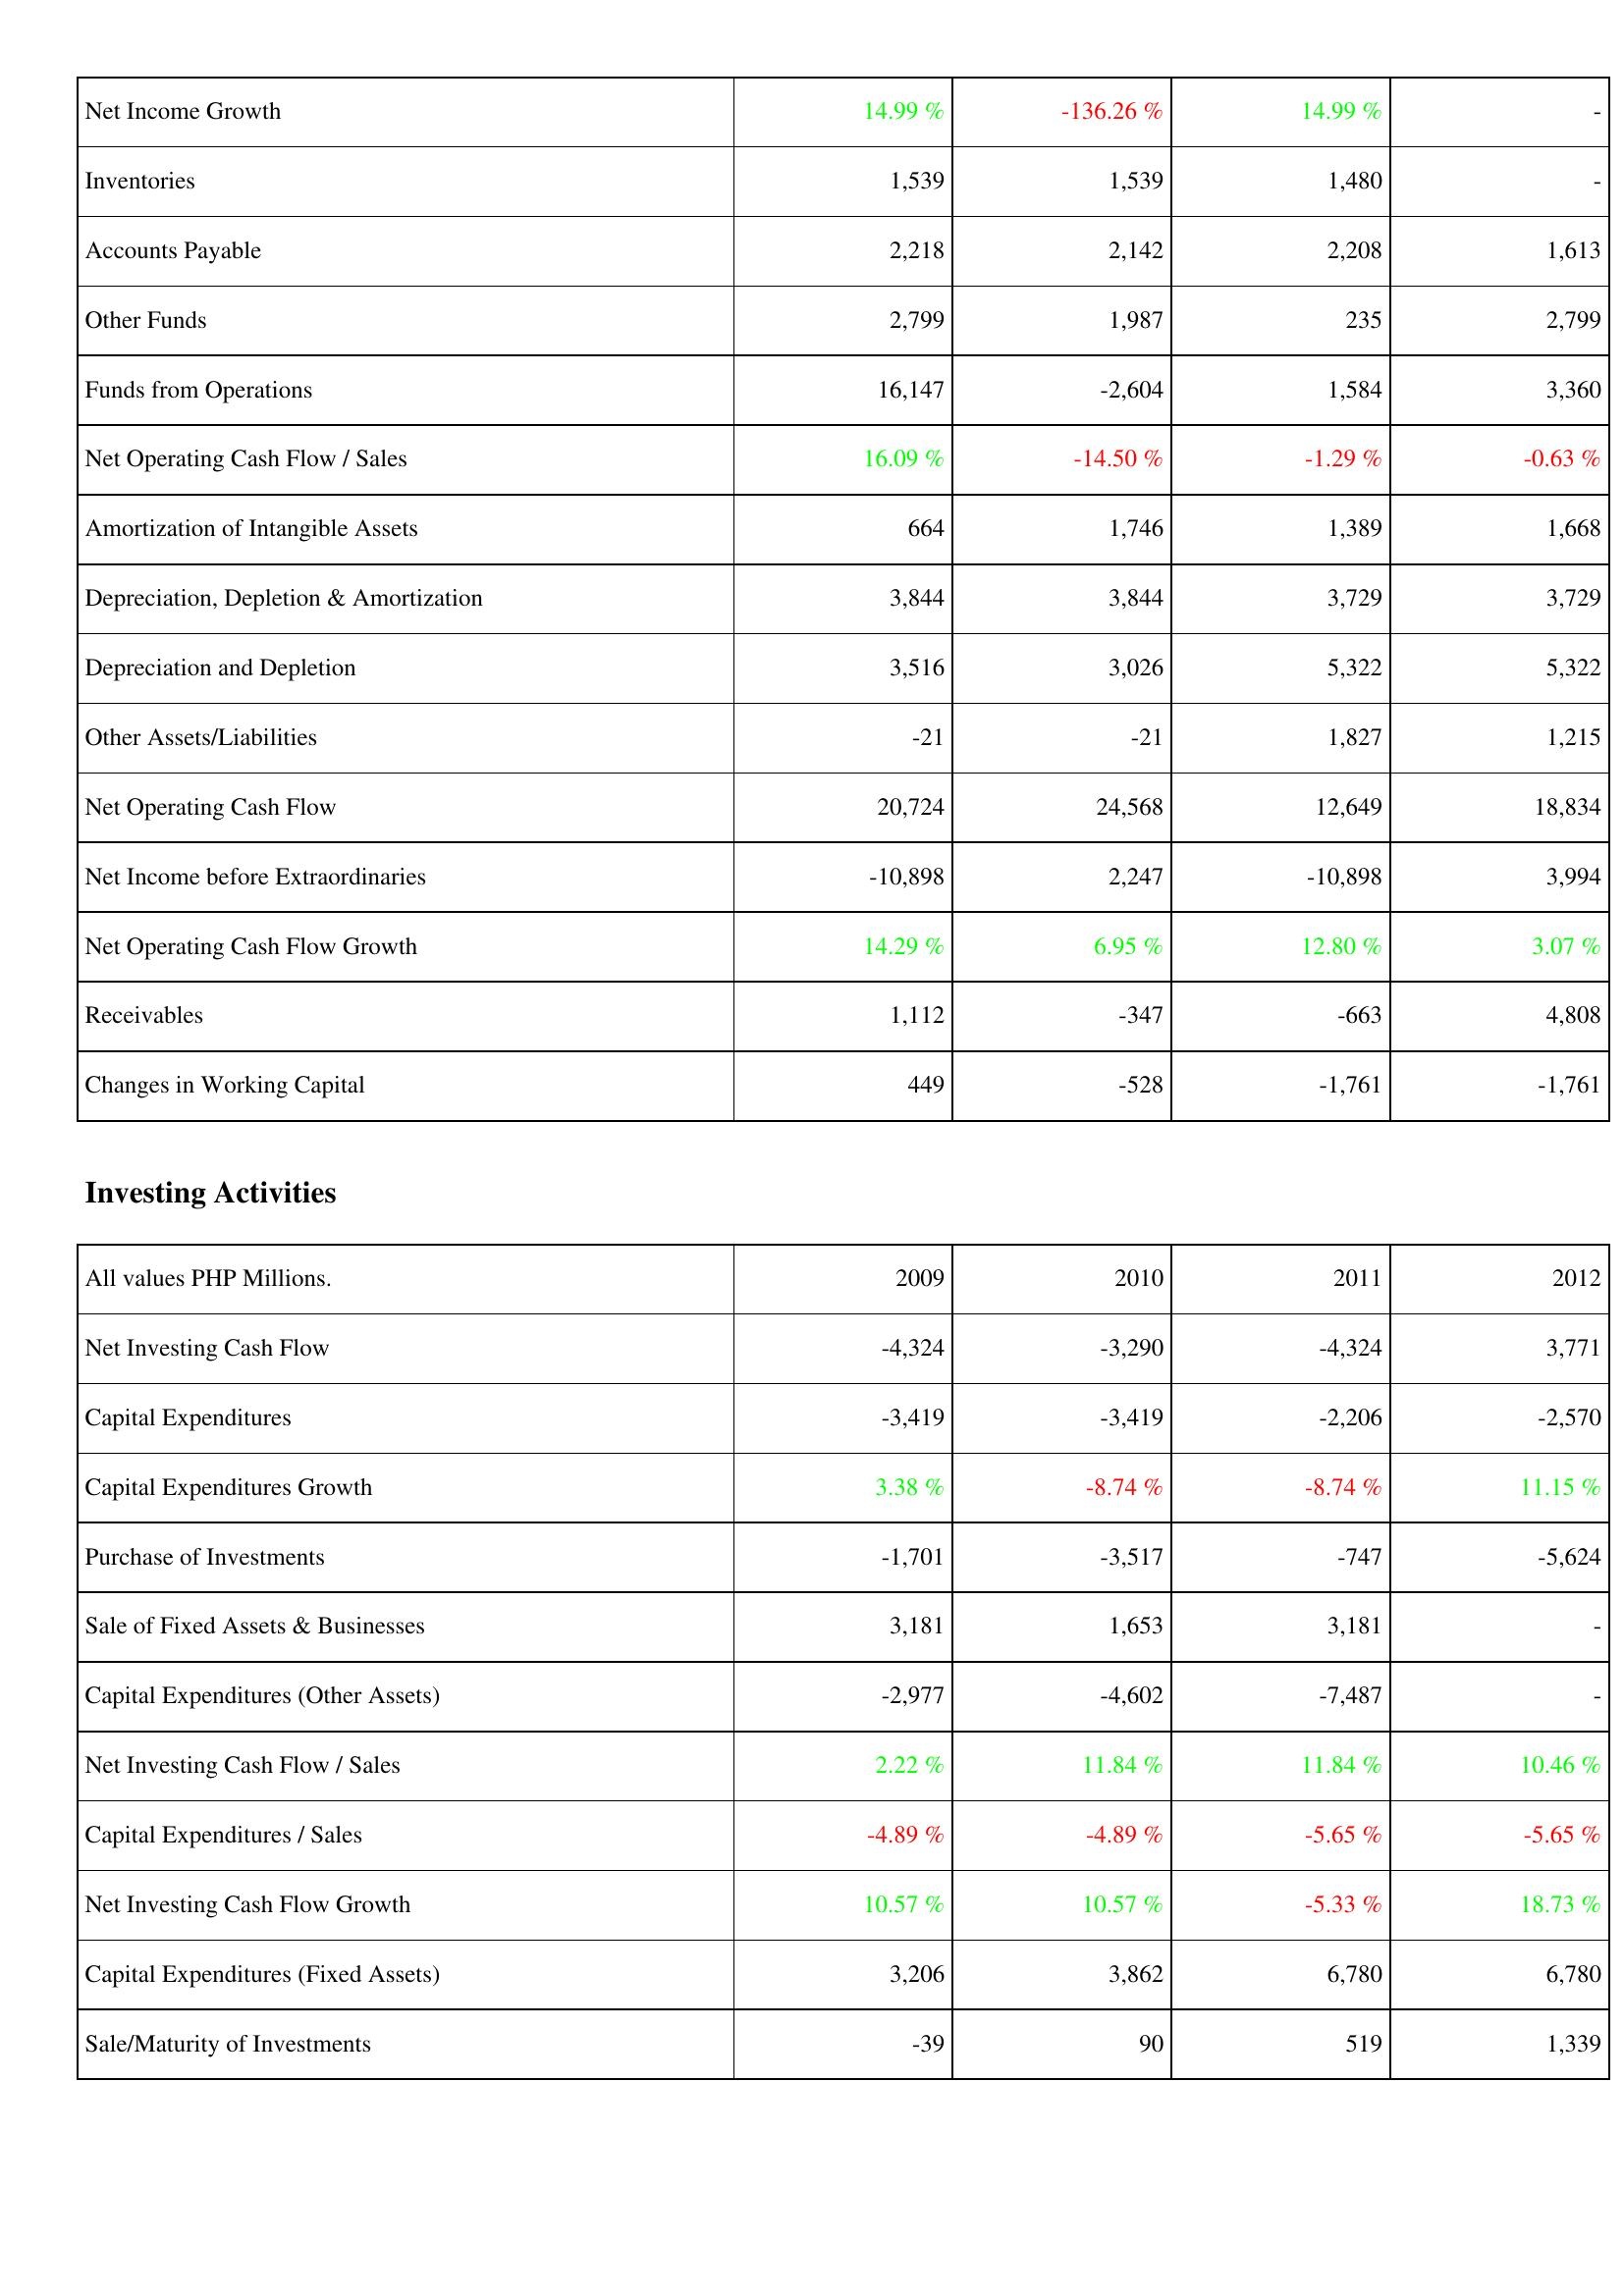
2009: Operating Activities: Net Income Growth: 14.99 %
Inventories: 1,539
Accounts Payable: 2,218
Other Funds: 2,799
Funds from Operations: 16,147
Net Operating Cash Flow / Sales: 16.09 %
Amortization of Intangible Assets: 664
Depreciation, Depletion & Amortization: 3,844
Depreciation and Depletion: 3,516
Other Assets/Liabilities: -21
Net Operating Cash Flow: 20,724
Net Income before Extraordinaries: -10,898
Net Operating Cash Flow Growth: 14.29 %
Receivables: 1,112
Changes in Working Capital: 449
Investing Activities: Net Investing Cash Flow: -4,324
Capital Expenditures: -3,419
Capital Expenditures Growth: 3.38 %
Purchase of Investments: -1,701
Sale of Fixed Assets & Businesses: 3,181
Capital Expenditures (Other Assets): -2,977
Net Investing Cash Flow / Sales: 2.22 %
Capital Expenditures / Sales: -4.89 %
Net Investing Cash Flow Growth: 10.57 %
Capital Expenditures (Fixed Assets): 3,206
Sale/Maturity of Investments: -39
2010: Operating Activities: Net Income Growth: -136.26 %
Inventories: 1,539
Accounts Payable: 2,142
Other Funds: 1,987
Funds from Operations: -2,604
Net Operating Cash Flow / Sales: -14.50 %
Amortization of Intangible Assets: 1,746
Depreciation, Depletion & Amortization: 3,844
Depreciation and Depletion: 3,026
Other Assets/Liabilities: -21
Net Operating Cash Flow: 24,568
Net Income before Extraordinaries: 2,247
Net Operating Cash Flow Growth: 6.95 %
Receivables: -347
Changes in Working Capital: -528
Investing Activities: Net Investing Cash Flow: -3,290
Capital Expenditures: -3,419
Capital Expenditures Growth: -8.74 %
Purchase of Investments: -3,517
Sale of Fixed Assets & Businesses: 1,653
Capital Expenditures (Other Assets): -4,602
Net Investing Cash Flow / Sales: 11.84 %
Capital Expenditures / Sales: -4.89 %
Net Investing Cash Flow Growth: 10.57 %
Capital Expenditures (Fixed Assets): 3,862
Sale/Maturity of Investments: 90
2011: Operating Activities: Net Income Growth: 14.99 %
Inventories: 1,480
Accounts Payable: 2,208
Other Funds: 235
Funds from Operations: 1,584
Net Operating Cash Flow / Sales: -1.29 %
Amortization of Intangible Assets: 1,389
Depreciation, Depletion & Amortization: 3,729
Depreciation and Depletion: 5,322
Other Assets/Liabilities: 1,827
Net Operating Cash Flow: 12,649
Net Income before Extraordinaries: -10,898
Net Operating Cash Flow Growth: 12.80 %
Receivables: -663
Changes in Working Capital: -1,761
Investing Activities: Net Investing Cash Flow: -4,324
Capital Expenditures: -2,206
Capital Expenditures Growth: -8.74 %
Purchase of Investments: -747
Sale of Fixed Assets & Businesses: 3,181
Capital Expenditures (Other Assets): -7,487
Net Investing Cash Flow / Sales: 11.84 %
Capital Expenditures / Sales: -5.65 %
Net Investing Cash Flow Growth: -5.33 %
Capital Expenditures (Fixed Assets): 6,780
Sale/Maturity of Investments: 519
2012: Operating Activities: Net Income Growth: -
Inventories: -
Accounts Payable: 1,613
Other Funds: 2,799
Funds from Operations: 3,360
Net Operating Cash Flow / Sales: -0.63 %
Amortization of Intangible Assets: 1,668
Depreciation, Depletion & Amortization: 3,729
Depreciation and Depletion: 5,322
Other Assets/Liabilities: 1,215
Net Operating Cash Flow: 18,834
Net Income before Extraordinaries: 3,994
Net Operating Cash Flow Growth: 3.07 %
Receivables: 4,808
Changes in Working Capital: -1,761
Investing Activities: Net Investing Cash Flow: 3,771
Capital Expenditures: -2,570
Capital Expenditures Growth: 11.15 %
Purchase of Investments: -5,624
Sale of Fixed Assets & Businesses: -
Capital Expenditures (Other Assets): -
Net Investing Cash Flow / Sales: 10.46 %
Capital Expenditures / Sales: -5.65 %
Net Investing Cash Flow Growth: 18.73 %
Capital Expenditures (Fixed Assets): 6,780
Sale/Maturity of Investments: 1,339